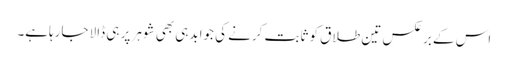
اس کے برعکس تین طلاق کو ثابت کرنے کی جوابدہی بھی شوہر پر ہی ڈالا جارہاہے۔